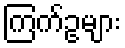
ကြက်ဥများ